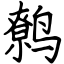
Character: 鹩